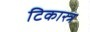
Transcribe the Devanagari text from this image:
टिकास्त्र